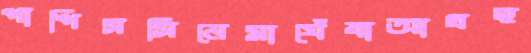
পাপিসসিনেমাঘেঁষাআগ্রহ